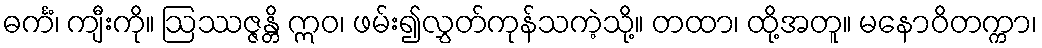
ဓင်္ကံ၊ ကျီးကို။ ဩဿဇ္ဇန္တိ ဣဝ၊ ဖမ်း၍လွှတ်ကုန်သကဲ့သို့။ တထာ၊ ထို့အတူ။ မနောဝိတက္ကာ၊